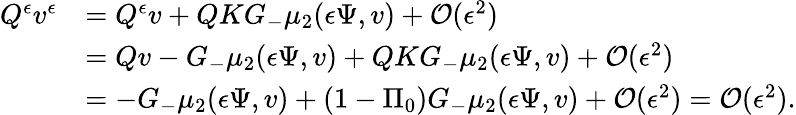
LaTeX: \begin{array}{rl}{Q^{\epsilon}v^{\epsilon}}&{=Q^{\epsilon}v+QKG_{-}\mu_{2}({\epsilon}\Psi,v)+\mathcal{O}({\epsilon}^{2})}\\ &{=Qv-G_{-}\mu_{2}({\epsilon}\Psi,v)+QKG_{-}\mu_{2}({\epsilon}\Psi,v)+\mathcal{O}({\epsilon}^{2})}\\ &{=-G_{-}\mu_{2}({\epsilon}\Psi,v)+(1-\Pi_{0})G_{-}\mu_{2}({\epsilon}\Psi,v)+\mathcal{O}({\epsilon}^{2})=\mathcal{O}({\epsilon}^{2}).}\end{array}